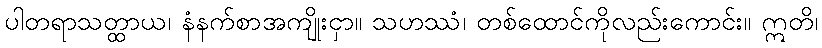
ပါတရာသတ္ထာယ၊ နံနက်စာအကျိုးငှာ။ သဟဿံ၊ တစ်ထောင်ကိုလည်းကောင်း။ ဣတိ၊